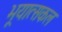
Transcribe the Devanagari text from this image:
भूयात्सकल